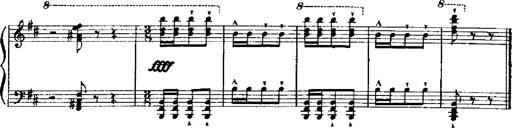
Title: RÃ©miniscences de Robert le diable
Composer: Franz Liszt